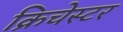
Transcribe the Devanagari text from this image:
क्रिचेस्टर